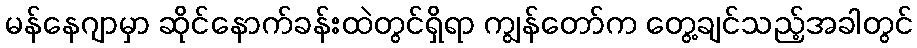
မန်နေဂျာမှာ ဆိုင်နောက်ခန်းထဲတွင်ရှိရာ ကျွန်တော်က တွေ့ချင်သည့်အခါတွင်